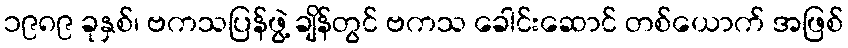
၁၉၈၉ ခုနှစ်၊ ဗကသပြန်ဖွဲ့ ချိန်တွင် ဗကသ ခေါင်းဆောင် တစ်ယောက် အဖြစ်